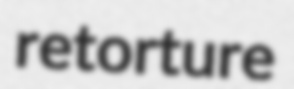
retorture